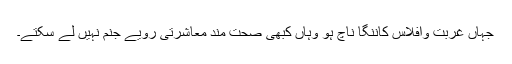
جہاں غربت وافلاس کاننگا ناچ ہو وہاں کبھی صحت مند معاشرتی رویے جنم نہیں لے سکتے۔